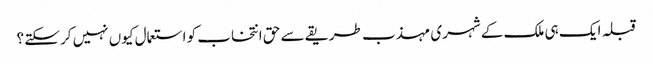
قبلہ ایک ہی ملک کے شہری مہذب طریقے سے حق انتخاب کو استعمال کیوں نہیں کرسکتے ؟